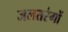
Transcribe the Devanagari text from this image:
जलतरंगों